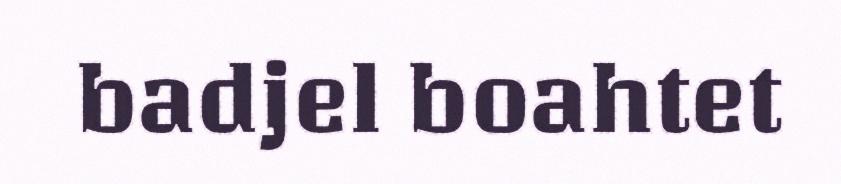
badjel boahtet